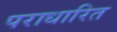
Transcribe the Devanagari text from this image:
पराधारित